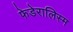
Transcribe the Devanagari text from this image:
फेडेरालिस्म